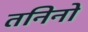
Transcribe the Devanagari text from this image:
तनिनो